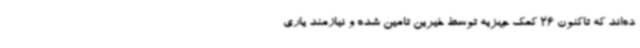
ده‌اند که تاکنون 26 کمک جهزیه توسط خیرین تامین شده و نیازمند یاری